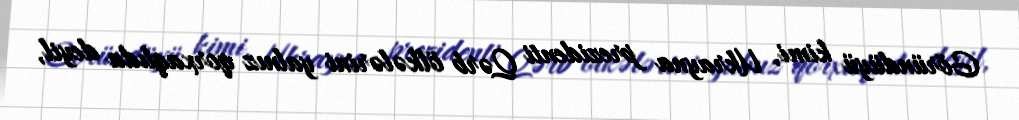
Göründüyü kimi, Ukrayna prezidenti Qərb ölkələrini yalnız qorxaqlıda deyil,